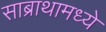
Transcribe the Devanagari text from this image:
साब्राथामध्ये